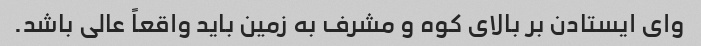
وای ایستادن بر بالای کوه و مشرف به زمین باید واقعاً عالی باشد.